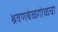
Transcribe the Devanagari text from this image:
श्रवणबेळगोळचा